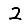
Digit: 2